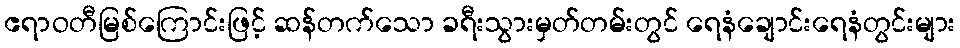
ဧရာဝတီမြစ်ကြောင်းဖြင့် ဆန်တက်သော ခရီးသွားမှတ်တမ်းတွင် ရေနံချောင်းရေနံတွင်းများ